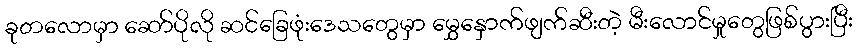
ခုတလောမှာ ဆော်ပိုလို ဆင်ခြေဖုံးဒေသတွေမှာ မွှေနှောက်ဖျက်ဆီးတဲ့ မီးလောင်မှုတွေဖြစ်ပွားပြီး